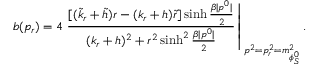
b ( p _ { r } ) = 4 \left. \frac { [ ( \tilde { k } _ { r } + \tilde { h } ) r - ( k _ { r } + h ) \tilde { r } ] \sinh \frac { \beta | p ^ { 0 } | } { 2 } } { ( k _ { r } + h ) ^ { 2 } + r ^ { 2 } \sinh ^ { 2 } \frac { \beta | p ^ { 0 } | } { 2 } } \right| _ { p ^ { 2 } = p _ { r } ^ { 2 } = m _ { \phi _ { S } ^ { 0 } } ^ { 2 } } .